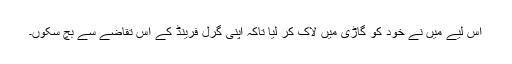
اس لیے میں نے خود کو گاڑی میں لاک کر لیا تاکہ اپنی گرل فرینڈ کے اس تقاضے سے بچ سکوں۔